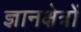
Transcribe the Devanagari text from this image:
ज्ञानक्षेत्रों